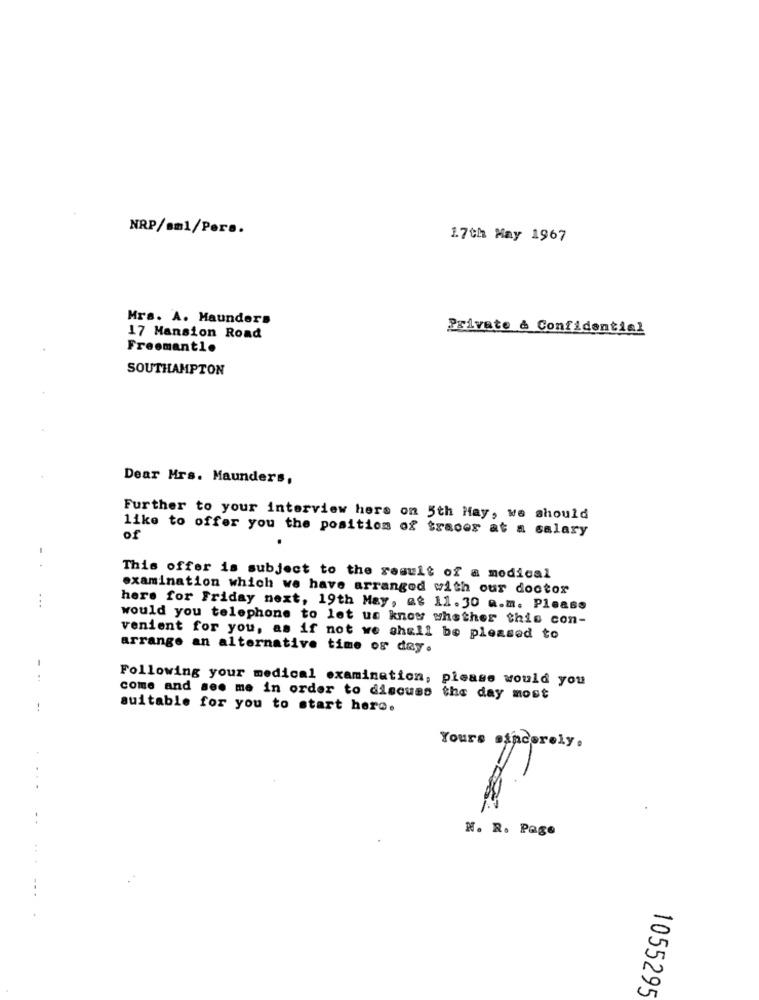
NRP/sm1/Pers.
17th May 1967
Mrs. A. Maunders
Private & Confidential
17 Mansion Road
Freemant1.
SOUTHAMPTON
Dear Mrs. Maunders,
Further to your interview hers on 5th May, we should
like to offer you the position of traces at a salary
of
. .
This offer is subject to the result of a medical
examination which we have arranged with our doctor
...
here for Friday next, 19th May, as 11. 30 a.m. Please
would you telephone to let us know whether this con-
venient for you, as if not we shall be pleased to
arrange an alternative time os day.
-
Following your medical examination, please would you
come and see me in order to discuss the day most
--
suitable for you to start here.
Yours sincerely.
...
N. R. Page
1055295